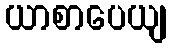
ယာစာပေယျ